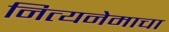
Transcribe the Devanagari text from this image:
नित्यनेमाचा